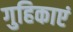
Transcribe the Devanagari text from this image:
गुहिकाएं